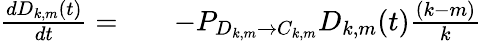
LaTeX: \begin{array}{rlr}{\frac{dD_{k,m}(t)}{dt}=}&{{}}&{-P_{D_{k,m}\rightarrow C_{k,m}}D_{k,m}(t)\frac{(k-m)}{k}}\end{array}